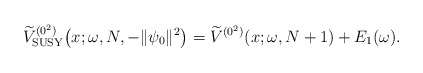
\begin{gather*} \widetilde{V}_{\rm SUSY}^{( 0^{2}) }\big(x;\omega ,N,-\Vert \psi _{0}\Vert ^{2}\big) = \widetilde{V}^{( 0^{2}) }(x;\omega ,N+1) + E_1(\omega).\end{gather*}